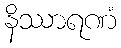
နိဿာရဏံ